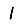
Digit: 1